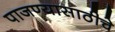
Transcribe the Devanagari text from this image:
पाजण्यासाठीचे